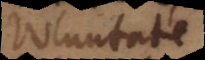
voluntate